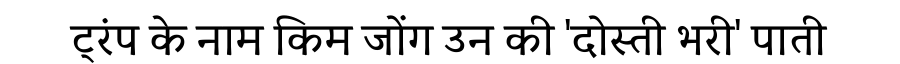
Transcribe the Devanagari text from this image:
ट्रंप के नाम किम जोंग उन की 'दोस्ती भरी' पाती